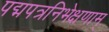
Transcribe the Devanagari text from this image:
पद्मपत्रनिभेक्षणाम्